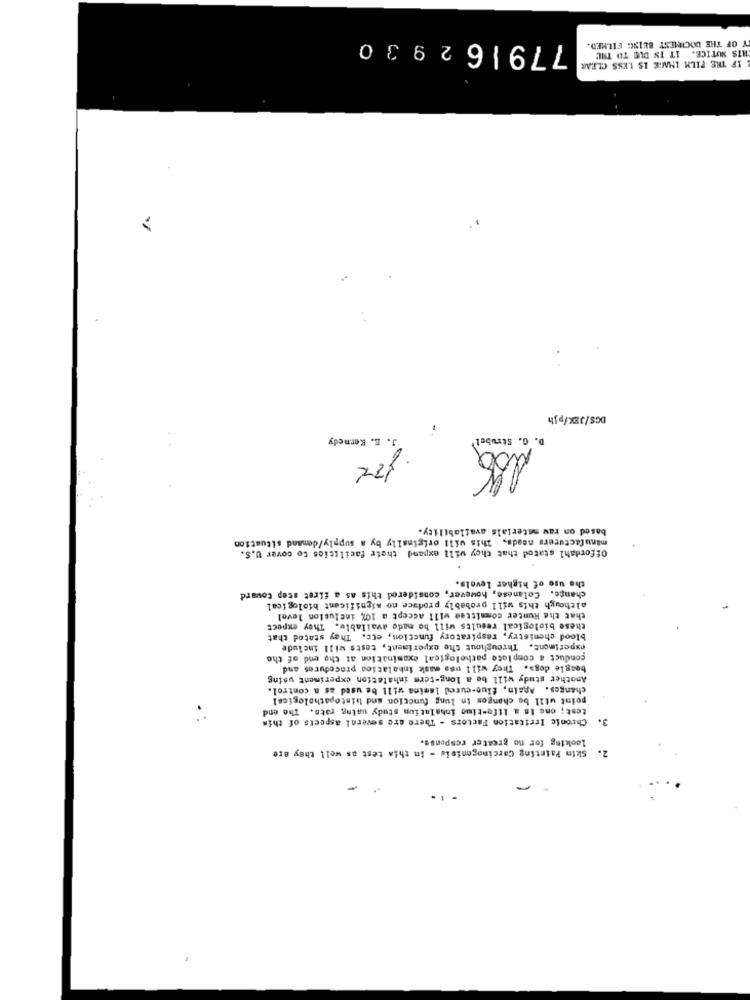
779162930
Y OF THE DOCUMENT BEING FILMED.
HIS NOTICE. IT IN DUE TO THE
IF THE FILM INWIE IS LESS CLEAR
>
DGS/JEX/pjh
J. E. Kennedy
D. G. Strubel
based on raw materials availability.
manufacturers needs, This will originally by a supply/demand situation
Offordahl stated that they will expand their facilities to cover U.S.
the use of higher levels.
change. Celanese, however, considered this as a first step toward
although this will probably produce no significant biological
that the Hunter committee will accept a 10% inclusion level
these biological results will be made available. They expect
blood chemistry, respiratory function, ecc. They stated that
experiment. Throughout the experiment, tests will include
conduct a complete pathological examination at the end of the
beagle dogs. They will use mask inhalation procedures and
Another study will be a long-term inhalation experiment using
changes. Again, flue-cured lamina will be used as a control.
point will be changos in lung function and histopathological
test; one is a life-time inhalation study waing rats. The end
Chronic Irritation Factors - There are several aspects of this
looking for no greater response.
Skin Painting Carcinogenisis - In this test as well they are
2.
-